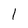
Character: 1